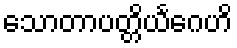
သောတာပတ္တိယင်္ဂေဟိ